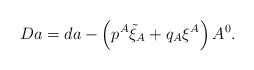
\begin{align*} Da = d a - \left(p^A \tilde \xi_A + q_A \xi^A \right) A^0.\end{align*}